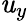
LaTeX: \mathit{u}_{y}